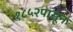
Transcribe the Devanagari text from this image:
१८५२पासून